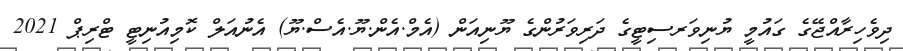
ދިވެހިރާއްޖޭގެ ގައުމީ ޔުނިވަރސިޓީގެ ދަރިވަރުންގެ ޔޫނިއަން (އެމް.އެން.ޔޫ.އެސް.ޔޫ) އެނުއަލް ކޮމިއުނިޓީ ޓްރިޕް 2021